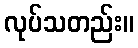
လုပ်သတည်း။